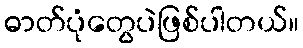
ဓာတ်ပုံတွေပဲဖြစ်ပါတယ်။